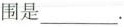
围是___.